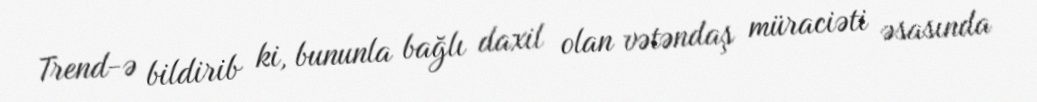
Trend-ə bildirib ki, bununla bağlı daxil olan vətəndaş müraciəti əsasında